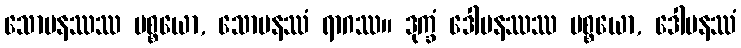
သောမနဿဿ ပစ္စယော, သောမနဿံ ရာဂဿ။ ဒုက္ခံ ဒေါမနဿဿ ပစ္စယော, ဒေါမနဿံ